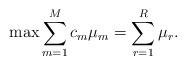
LaTeX: \begin{align*}\max \sum_{m=1}^M c_m \mu_m = \sum_{r=1}^R \mu_r.\end{align*}